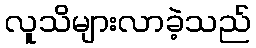
လူသိများလာခဲ့သည်